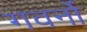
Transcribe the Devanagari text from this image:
गवर्नो